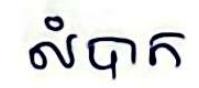
លំបាក